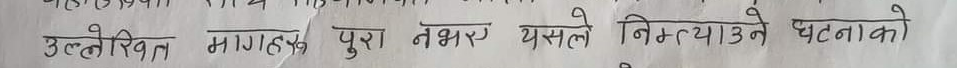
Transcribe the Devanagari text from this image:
उल्लेखित मागहरु पुरा नभए यसले निम्त्याउने घटनाको